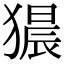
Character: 𤡠